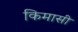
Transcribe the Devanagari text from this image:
किमासी